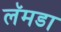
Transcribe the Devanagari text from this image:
लॅमडा